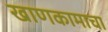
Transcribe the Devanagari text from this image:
खाणकामाचा